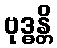
ဗုဒ္ဓန္တိ